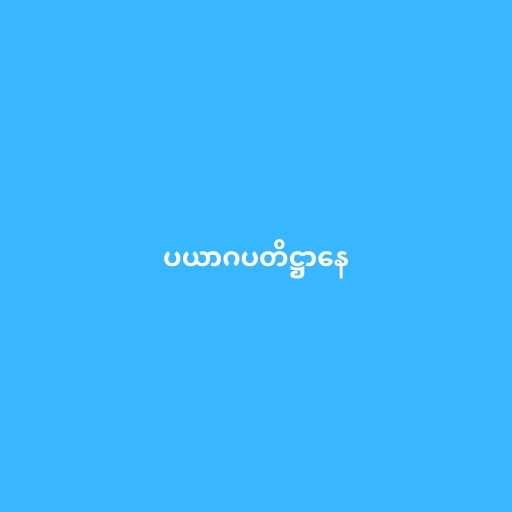
ပယာဂပတိဋ္ဌာနေ